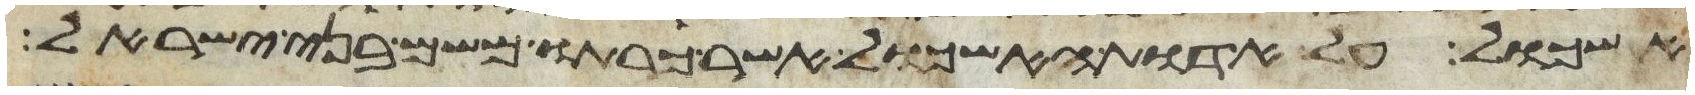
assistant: אשכול על אדות האשכול אשר כרתו משם בני ישראל